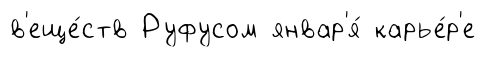
в'еще́ств Руфусом январ'я́ карье́р'е